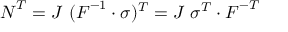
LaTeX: { \boldsymbol { N } } ^ { T } = J ~ ( { \boldsymbol { F } } ^ { - 1 } \cdot { \boldsymbol { \sigma } } ) ^ { T } = J ~ { \boldsymbol { \sigma } } ^ { T } \cdot { \boldsymbol { F } } ^ { - T }